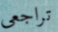
تراجعى